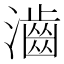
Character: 𤁧